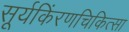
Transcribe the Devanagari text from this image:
सूर्यकिंरणचिकित्सा